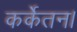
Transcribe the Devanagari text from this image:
कर्केतन।